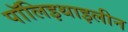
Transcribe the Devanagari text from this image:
पॉलिइथाइलीन